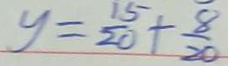
y = \frac { 1 5 } { 2 0 } + \frac { 8 } { 2 0 }